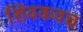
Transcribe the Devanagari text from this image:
शिवकवच